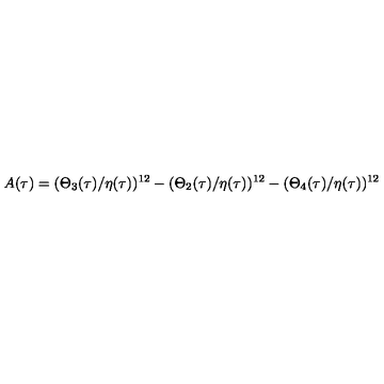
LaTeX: A ( \tau ) = ( \Theta _ { 3 } ( \tau ) / \eta ( \tau ) ) ^ { 1 2 } - ( \Theta _ { 2 } ( \tau ) / \eta ( \tau ) ) ^ { 1 2 } - ( \Theta _ { 4 } ( \tau ) / \eta ( \tau ) ) ^ { 1 2 }